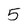
Character: 5